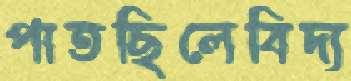
পাতছিলেবিদ্য